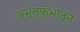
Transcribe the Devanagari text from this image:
अमृतकुंभातून